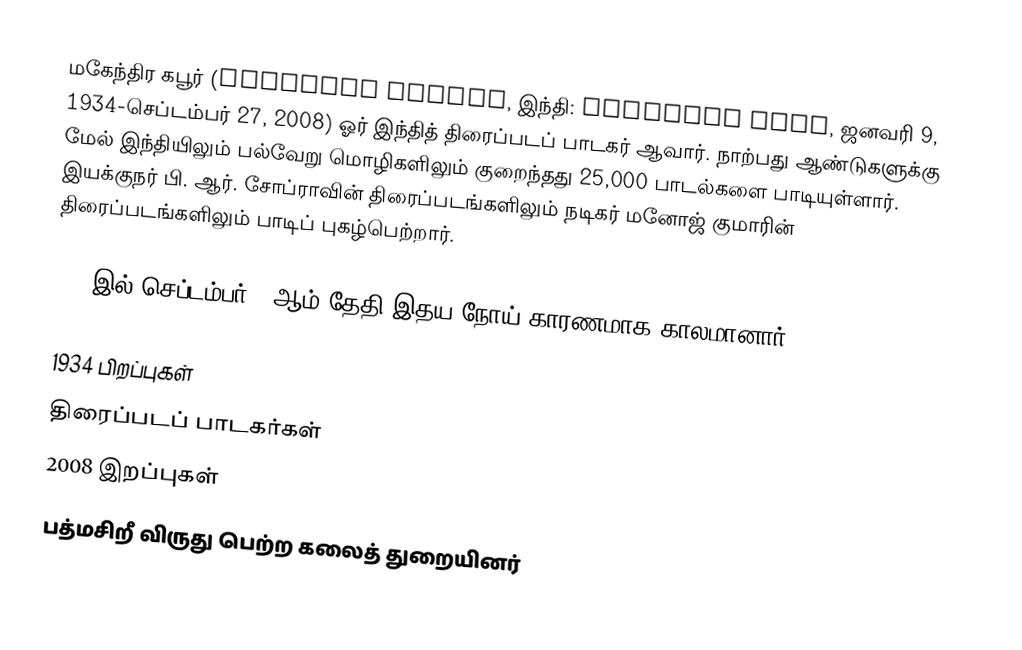
மகேந்திர கபூர் (Mahendra Kapoor, இந்தி: महेन्द्र कपूर, ஜனவரி 9, 1934-செப்டம்பர் 27, 2008) ஓர் இந்தித் திரைப்படப் பாடகர் ஆவார். நாற்பது ஆண்டுகளுக்கு மேல் இந்தியிலும் பல்வேறு மொழிகளிலும் குறைந்தது 25,000 பாடல்களை பாடியுள்ளார். இயக்குநர் பி. ஆர். சோப்ராவின் திரைப்படங்களிலும் நடிகர் மனோஜ் குமாரின் திரைப்படங்களிலும் பாடிப் புகழ்பெற்றார்.

2008இல் செப்டம்பர் 27ஆம் தேதி இதய நோய் காரணமாக காலமானார்.

1934 பிறப்புகள்
திரைப்படப் பாடகர்கள்
2008 இறப்புகள்
பத்மசிறீ விருது பெற்ற கலைத் துறையினர்